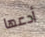
أدعها